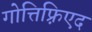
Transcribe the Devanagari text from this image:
गोत्तिफ़्रिएद